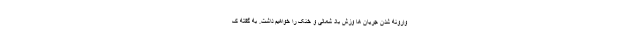
وارونه شدن جریان ها وزش باد شمالی و خنک را خواهیم داشت. به گفته ک